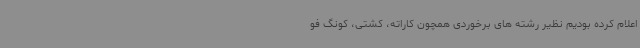
اعلام کرده بودیم نظیر رشته های برخوردی همچون کاراته، کشتی، کونگ فو